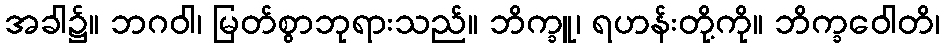
အခါ၌။ ဘဂဝါ၊ မြတ်စွာဘုရားသည်။ ဘိက္ခူ၊ ရဟန်းတို့ကို။ ဘိက္ခဝေါတိ၊